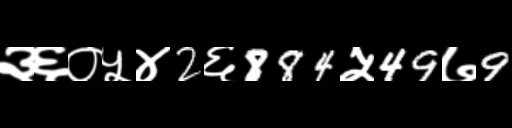
Text: ३६०५४2६884५49७9